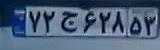
۷۲ج۶۲۸۵۳